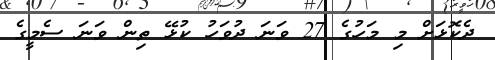
ދެކޮޅަށް މި މަހުގެ 27 ވަނަ ދުވަހު ކުޅޭ ތިން ވަނަ ސެމީގެ